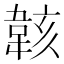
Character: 𫠄